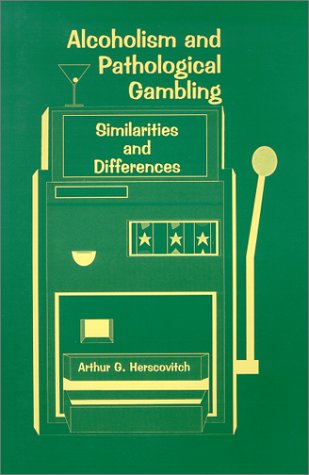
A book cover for Alcoholism and Pathological Gambling: Similarities and Differences; Arthur Herscovitch; Health, Fitness & Dieting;